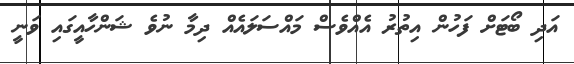
އަދި ބޯޓަށް ފަހުން އިތުރު އެއްވެސް މައްސަލައެއް ދިމާ ނުވެ ޝަންހާއީގައި ވަނީ